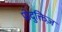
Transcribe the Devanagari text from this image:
प्रोदुक्तिज़